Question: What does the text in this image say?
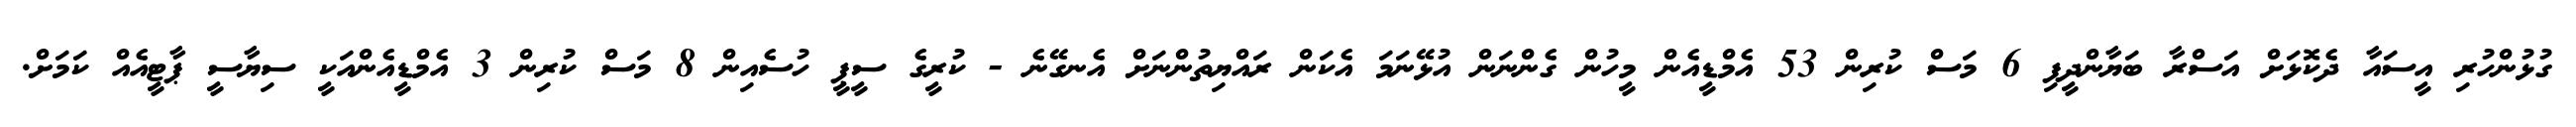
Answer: ގުޅުންހުރި އީސައާ ދެކޮޅަށް އަސްރާ ބަޔާންދީފި 6 މަސް ކުރިން 53 އެމްޑީއެން މީހުން ގެންނަން އުޅޭނަމަ އެކަން ރައްޔިތުންނަށް އެނގޭނެ - ކުރީގެ ސީޕީ ހުސެއިން 8 މަސް ކުރިން 3 އެމްޑީއެންއަކީ ސިޔާސީ ޕާޓީއެއް ކަމަށް.